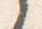
之